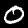
Label: 0